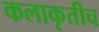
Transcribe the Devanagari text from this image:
कलाकृतीच